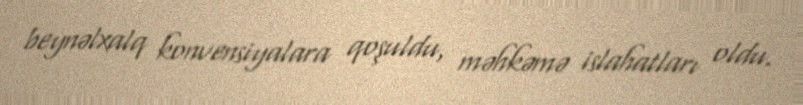
beynəlxalq konvensiyalara qoşuldu, məhkəmə islahatları oldu.